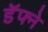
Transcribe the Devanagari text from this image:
डॅफ्ने